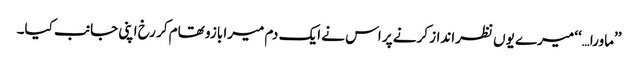
’’ماورا…‘‘ میرے یوں نظرانداز کرنے پر اس نے ایک دم میرا بازو تھام کر رخ اپنی جانب کیا۔